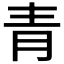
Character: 青